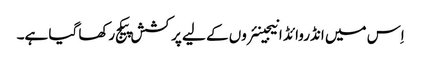
اِس میں انڈروائڈ انیجینئروں کے لیے پرکشش پیکج رکھا گیا ہے۔